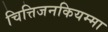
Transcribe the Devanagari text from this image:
चित्तिजनकियम्मा